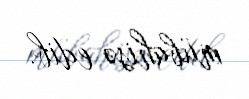
mübahisə edib.